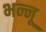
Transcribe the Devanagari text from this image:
भन्नू